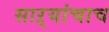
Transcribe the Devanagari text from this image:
साऱ्यांचाच